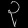
Digit: ၃